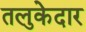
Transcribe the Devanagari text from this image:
तलुकेदार